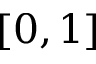
[ 0 , 1 ]